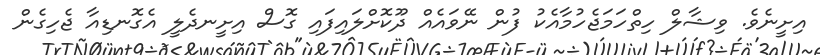
އިށީނެވެ. ވިޝާލް ހިތްހަމަޖެހުމާއެކު ފުން ނޭވައެއް ދޫކޮށްލައިފައި ގޮސް އިށީނދެލީ އެގޮނޑިއާ ޖެހިގެން